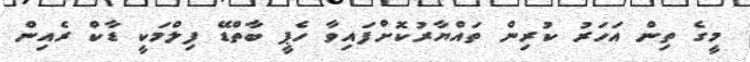
މީގެ ތިން އަހަރު ކުރިން ތައްޔާރުކޮށްފައިވާ ހެޕީ ބާތްޑޭ ފިލްމަކީ ޑާކް ރެއިން